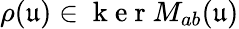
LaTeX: \rho(\mathfrak{u})\in\mathrm{~k~e~r~}M_{ab}(\mathfrak{u})